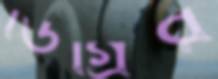
ডিগ্রির